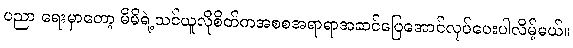
ပညာ ရေးမှာတော့ မိမိရဲ့သင်ယူလိုစိတ်ကအစစအရာရာအဆင်ပြေအောင်လုပ်ပေးပါလိမ့်မယ်။